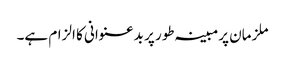
ملزمان پرمبینہ طور پر بدعنوانی کا الزام ہے۔